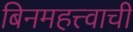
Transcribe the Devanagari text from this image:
बिनमहत्त्वाची